Destruction of fleas by exposure to the sun - Number 40
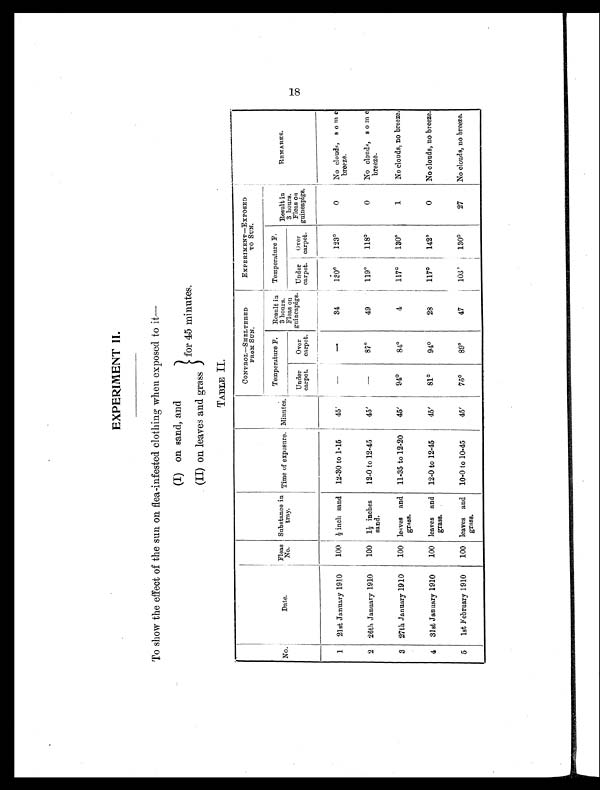
EXPERIMENT II.
To show the effect of the sun on flea-infested clothing when exposed to it—
(I) on sand, and
for 45 minutes.
(II) on leaves and grass
TABLE II.
No.
Date.
Fleas
No.
Substance in
tray.
Time of exposure. Minutes.
CONTROL—SHELTERED
FROM SUN.
EXPERIMENT—EXPOSED
TO SUN.
REMARKS.
Temperature F.
Result in
3 hours.
Fleas on
guineapigs.
Temperature F.
Result in
3 hours.
Fleas on
guineapigs.
Under
carpet.
Over
carpet.
Under
carpet.
over
carpet.
1
21st January 1910
100 ½ inch sand
12-30 to 1-15
45' —
—
34
130°123°0 No clouds, some
breeze.
2 26th January 1910
100 1½ inches
sand.
12-0 to 12-45
45'
—
87°49
119°118°0
No clouds, some
breeze.
3 27th January 1910
100 leaves and
grass.
11-35 to 12-20
45'
94°8 4°4
117°130°1
No clouds, no breeze.
4
31st January 1910
100 leaves and
grass.
12-0 to 12-45
45'
81°94°28
117°142°0
No clouds, no breeze.
5
1st February 1910
100 leaves and
grass.
10-0 to 10-45
45'
75°89°47
103°130°27
No clouds, no breeze.
18